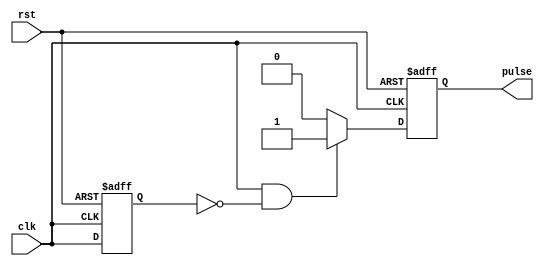
module FallingEdgePulseGenerator (
    input wire clk,
    input wire rst,
    output reg pulse
);

reg last_clk;

always @(posedge clk or posedge rst) begin
    if (rst) begin
        pulse <= 1'b0;
        last_clk <= 1'b0;
    end else begin
        if (clk & ~last_clk) begin
            pulse <= 1'b1;
        end else begin
            pulse <= 1'b0;
        end
        last_clk <= clk;
    end
end

endmodule